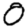
Digit: 0